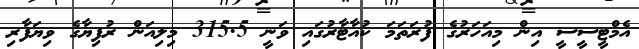
އެމްޓީސީސީ އިން މިއަހަރުގެ ފުރަތަމަ ކުއާޓާރުގައި ވަނީ 315.5 މިލިއަން ރުފިޔާގެ ވިޔަފާރި